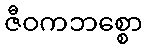
ဇီဝကဘစ္စော